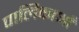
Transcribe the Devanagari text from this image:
पालिकाओँ